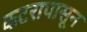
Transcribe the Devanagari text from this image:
कटरापासून